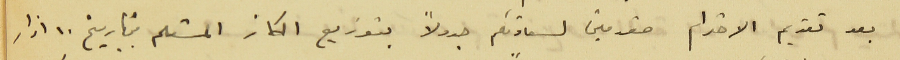
بعد تقديم الاحترام مقدمين لسعادتكم جدولاً بتوزيع الكاز المستلم بتاريخ ١٠ اذار